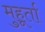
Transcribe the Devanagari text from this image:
मुहूर्ता